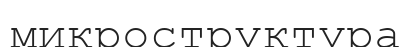
микроструктура